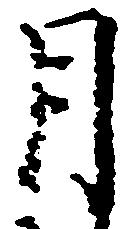
月